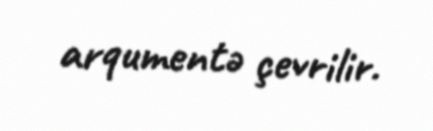
arqumentə çevrilir.